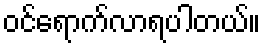
ဝင်ရောက်လာရပါတယ်။